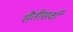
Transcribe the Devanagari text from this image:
सैतीसवाँ